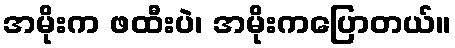
အမိုးက ဖထီးပဲ၊ အမိုးကပြောတယ်။